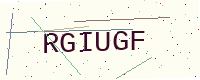
Text: RGIUGF